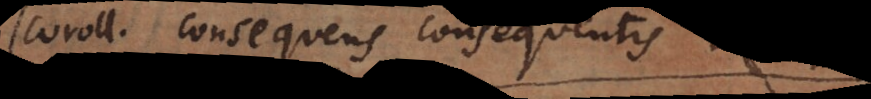
m: consequens consequentis